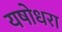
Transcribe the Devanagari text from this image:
यषोधरा